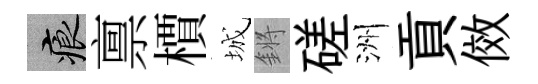
痕禀檟城鏘磋洲貢傚